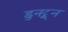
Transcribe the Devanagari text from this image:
डुनट्रून